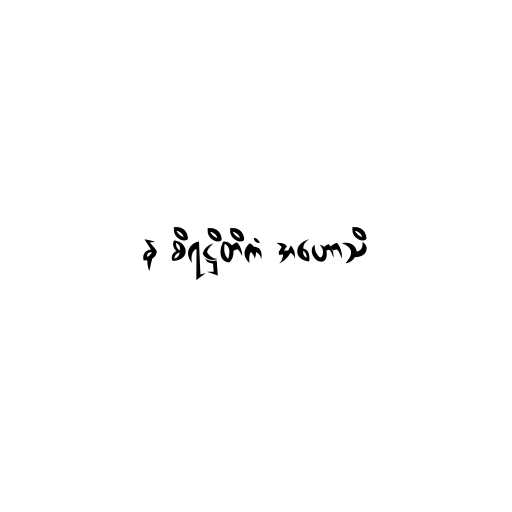
န စိရဋ္ဌိတိကံ အဟောသိ